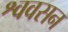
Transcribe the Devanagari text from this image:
श्ववसन